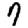
Digit: 9